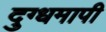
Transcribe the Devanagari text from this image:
दुग्धमापी